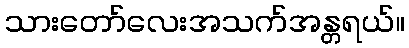
သားတော်လေးအသက်အန္တရယ်။